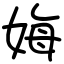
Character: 娒